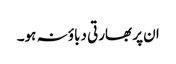
ان پر بھارتی دباؤ نہ ہو۔